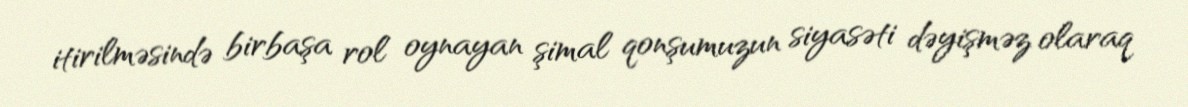
itirilməsində birbaşa rol oynayan şimal qonşumuzun siyasəti dəyişməz olaraq